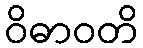
ဝိဓာဝတိ